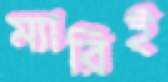
ম্যারিই